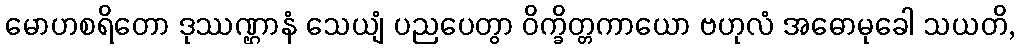
မောဟစရိတော ဒုဿဏ္ဌာနံ သေယျံ ပညပေတွာ ဝိက္ခိတ္တကာယော ဗဟုလံ အဓောမုခေါ သယတိ,